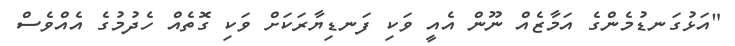
"އަޅުގަނޑުމެންގެ އަމާޒެއް ނޫން އެއީ ވަކި ފަނޑިޔާރަކަށް ވަކި ގޮތެއް ހެދުމުގެ އެއްވެސް